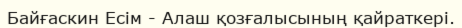
Байғаскин Есім - Алаш қозғалысының қайраткері.